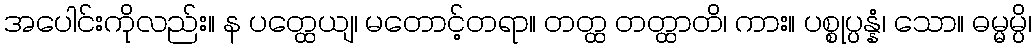
အပေါင်းကိုလည်း။ န ပတ္ထေယျ၊ မတောင့်တရာ။ တတ္ထ တတ္ထာတိ၊ ကား။ ပစ္စုပ္ပန္နံ၊ သော။ ဓမ္မမ္ပိ၊